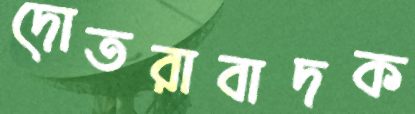
দোতরাবাদক